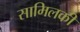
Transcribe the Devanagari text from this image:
सामिलकी